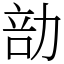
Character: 勏